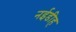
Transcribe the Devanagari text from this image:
नईडीह